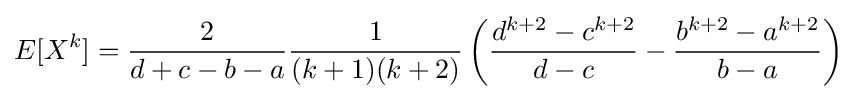
E[X^{k}]={\frac {2}{d+c-b-a}}{\frac {1}{(k+1)(k+2)}}\left({\frac {d^{k+2}-c^{k+2}}{d-c}}-{\frac {b^{k+2}-a^{k+2}}{b-a}}\right)